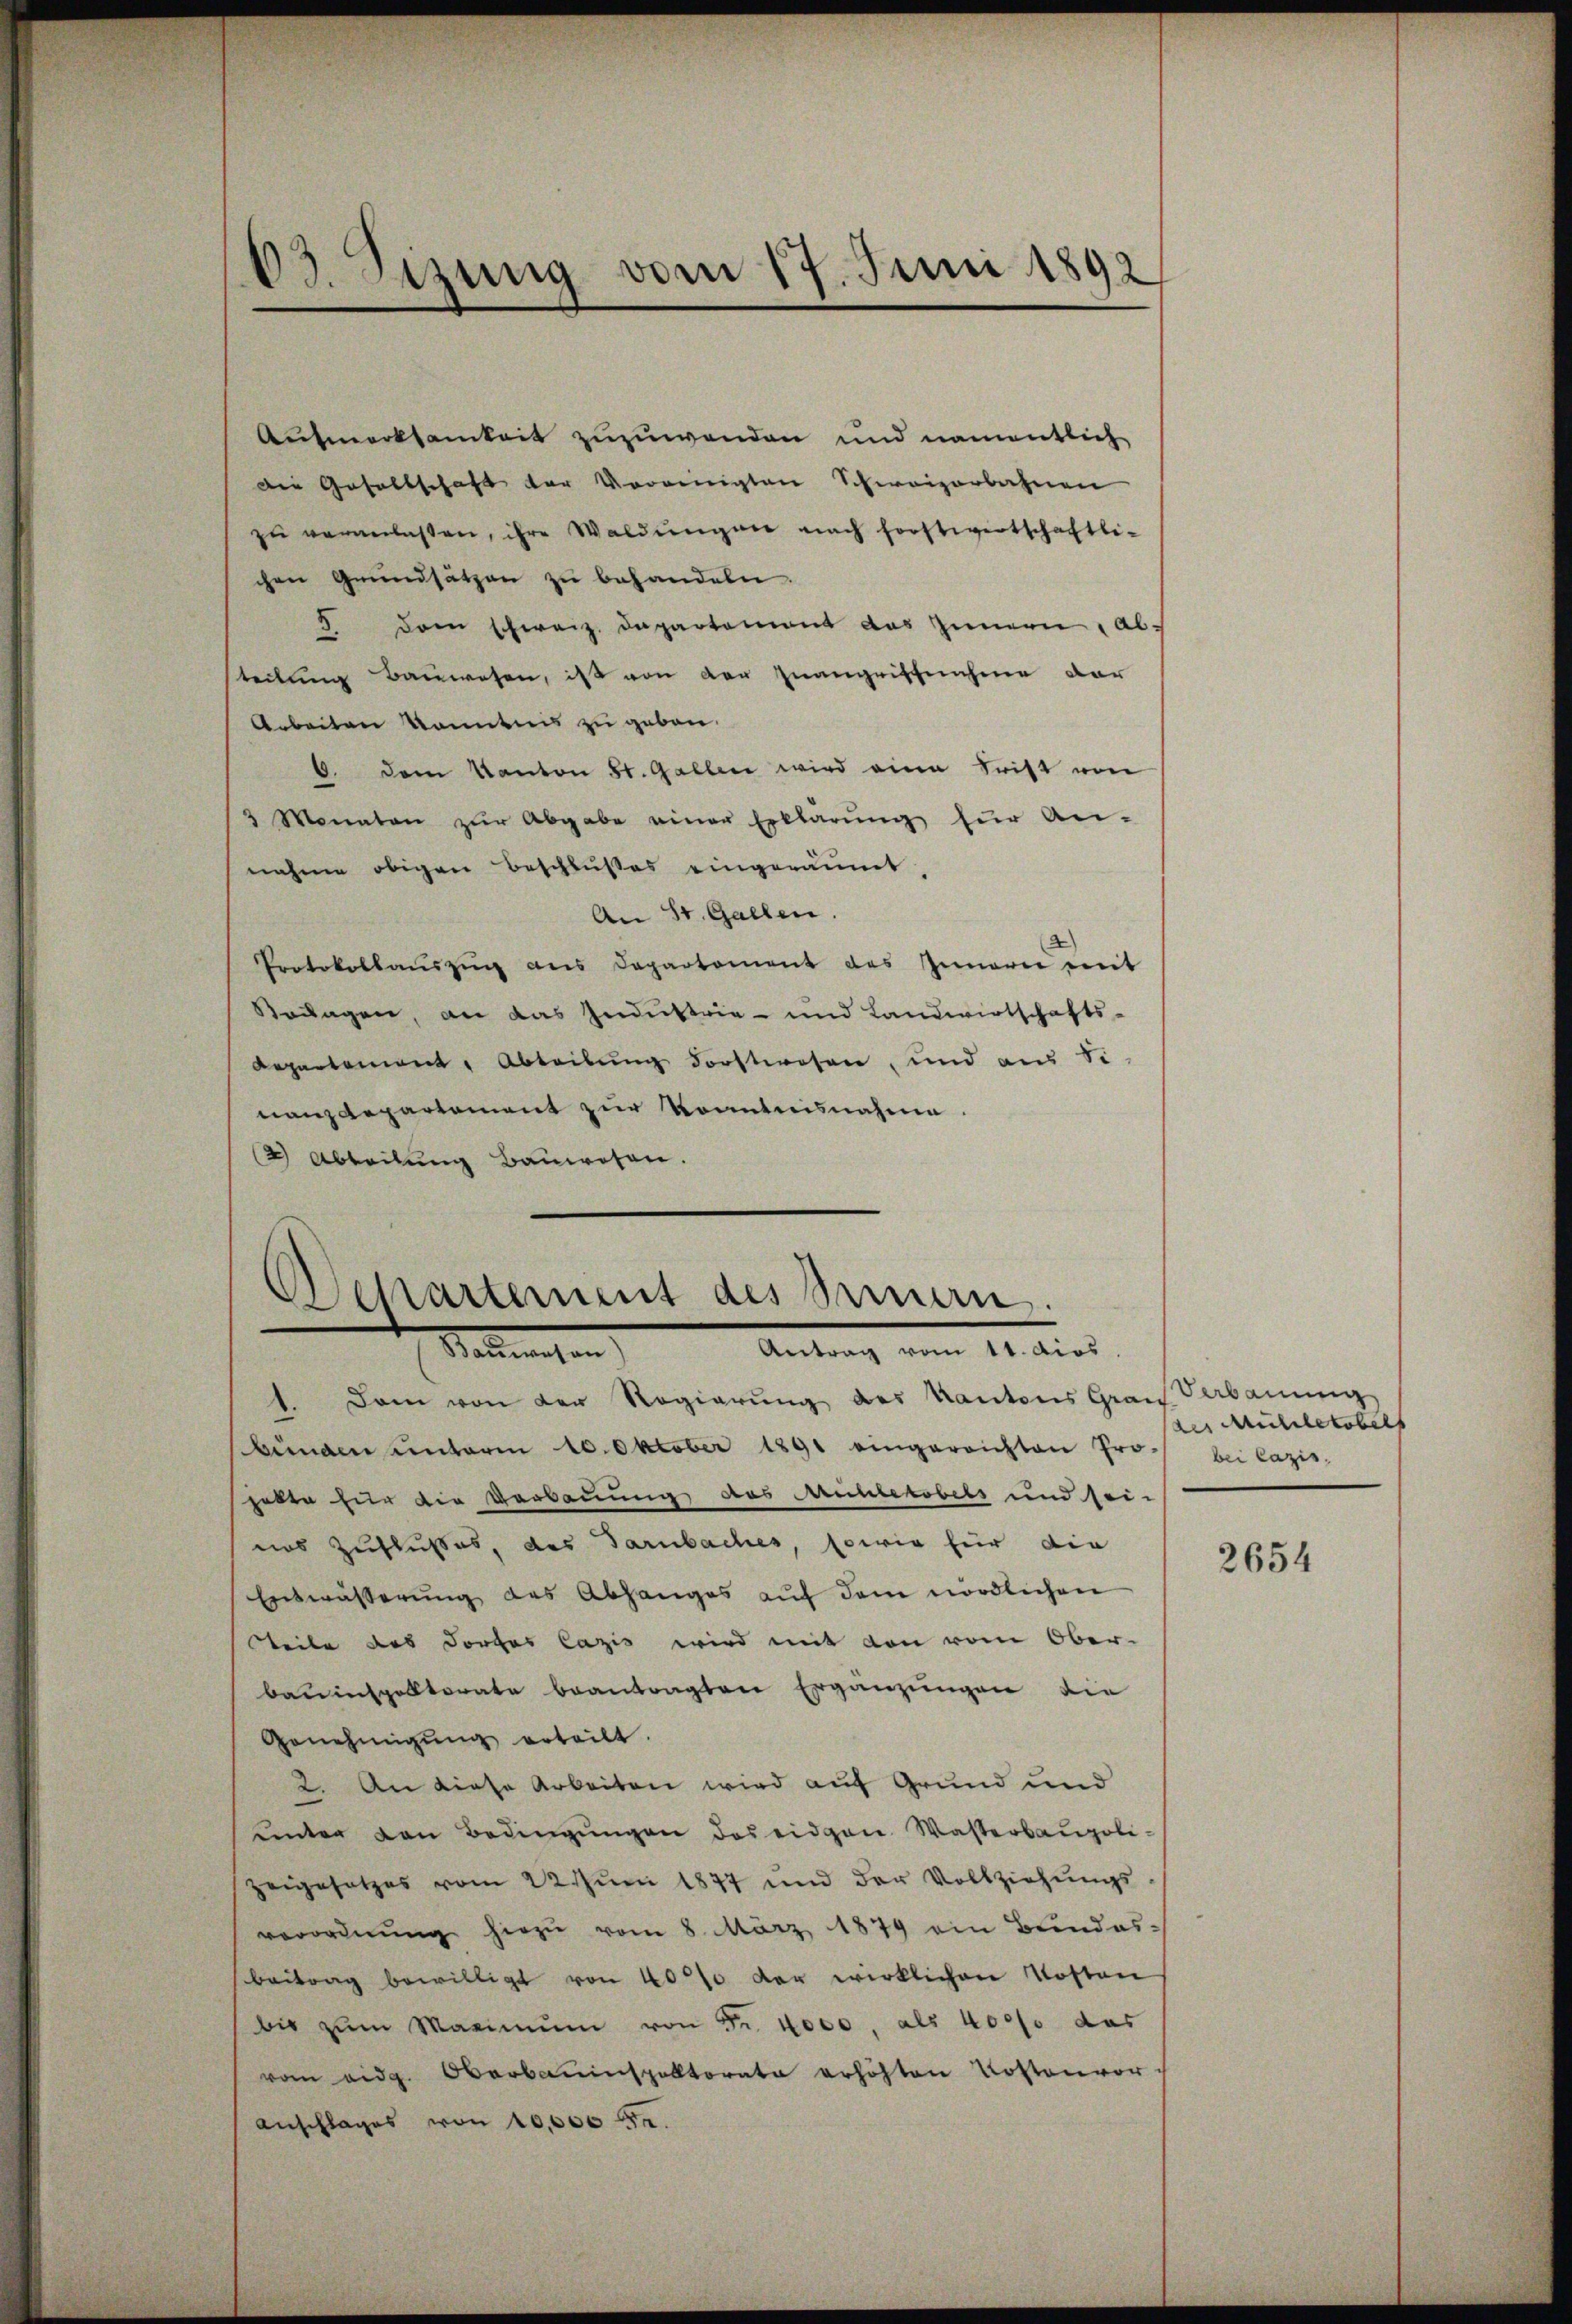
63. Sizung vom 17. Juni 1892

Aufmerksamkeit zuzuwenden und namentlich
Die Gesellschaft der Vereinigten Schweizerbahnen
zŭ veranlassen, ihre Waldungen nach Forstwertschaftli-
chen Grundsätzen zu behandeln.
 Dem schweiz. Departement das Zimmern, Absteilung Bauwesen, ist von der Inangriffnahme dar
Arbeiten konntnis zu geben.
6. dem Kanton St. Gallen wird eine Frist von
3 Monaten zŭr Abgabe einer Erklärŭng für An-
nahme obigen Beschlußes eingeräumt,
An St. Gallen.
Protokollaŭszŭg ans Departement des Innern mit
Beilagen, an das Industrie- und Landwirtschafts-
Departement. Abtribung Forstwesen, und aus Se
nanzdepartement zur konntnisnahme.
2) Abteilŭng Bauwesen.

Departement des Innern.
Samenten
Antrag vom 11. dies

1. Dann von der Regierŭng des Kantons Grau Verbauung
bunden unterm 10. Oktober 1891 eingereichten Pro- bei Cazis-
hatte für die Verbauung des Mühletobels und sei-
uus Zuflußes, des Tarnbaches, sowie für die
Entwässerung des Abhanges aŭf dem nördlichen
teite des Dorfes Cazis wird mit den vom Ober-
bauinspalterate beantragten Ergänzungen die
Genehmigŭng erteilt.
2. An diese Arbeiten wird auf Grund und
ŭnter den Bedingŭngen des eidgen Wasterbaupoli-
zeigesetzes vom 22. Juni 1877 und der Vollziehungs
verordnung hiezu vom 8. März 1879 ein Bundesbeitrag bewilligt von 400 der wirklichen Kosten
bis zum Maximum von Fr. 4000, als 4000 das
vom eidg. Oberbauinspektorate erhöhten Kostenvor-
Anschlages von 10,000 Fr.

an Mühletobels

2654